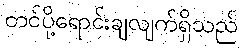
တင်ပို့ရောင်းချလျက်ရှိသည်